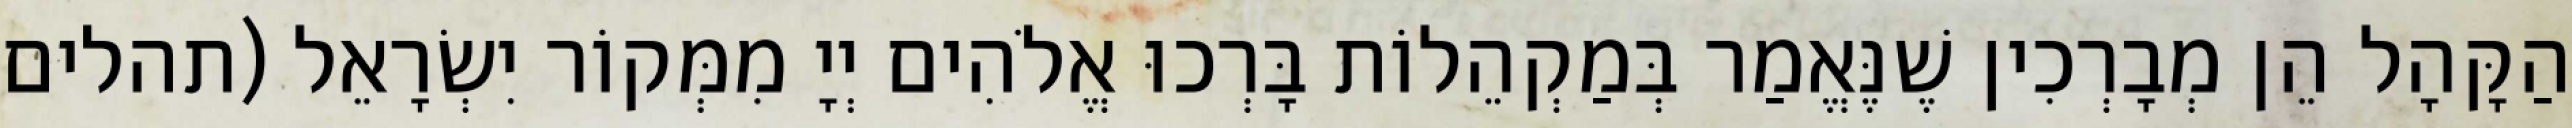
הַקָּהָל הֵן מְבָרְכִין שֶׁנֶּאֱמַר בְּמַקְהֵלוֹת בָּרְכוּ אֱלֹהִים יְיָ מִמְּקוֹר יִשְׂרָאֵל (תהלים